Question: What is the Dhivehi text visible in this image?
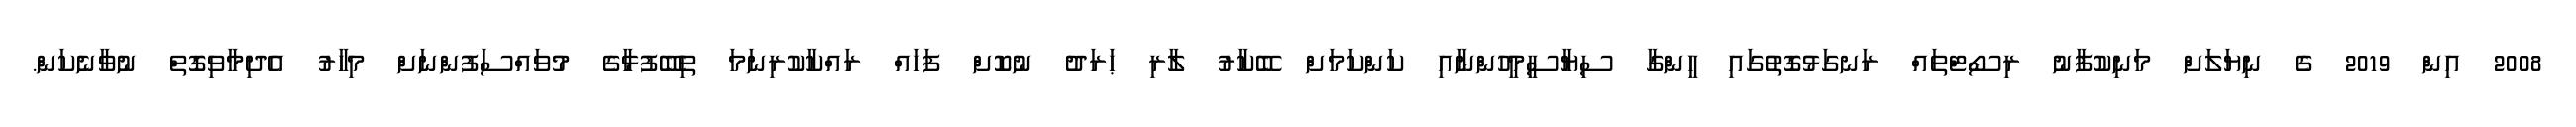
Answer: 2008 އިން 2019 ގެ ނިޔަލަށް މަނިކުފާނު ރިސޯޓްތައް ރަނގަޅުގޮތުގައި ހީންގާ ސިޔާސީމީހުންނާއި ކަންކަމަށް ބޭކާރު ލާރި ޙަރަދު ނުކޮށް ފަހައް ރައްކާކުރިނަމަ ތިބޭފުޅާގެ މުވައްސަފުންނަށް މިހާރު އެދިމާވިގޮތް ނުވާނެކަން.